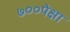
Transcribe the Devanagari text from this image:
७००पेक्षा